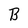
Character: B